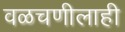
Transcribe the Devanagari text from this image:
वळचणीलाही